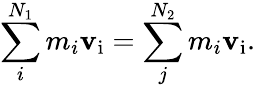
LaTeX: \sum_{i}^{N_{1}}m_{i}\mathbf{v}_{\mathrm{{i}}}=\sum_{j}^{N_{2}}m_{i}\mathbf{v}_{\mathrm{{i}}}.\,